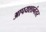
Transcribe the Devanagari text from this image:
आपयशानंतर